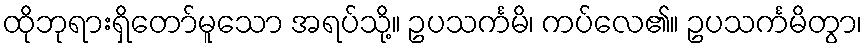
ထိုဘုရားရှိတော်မူသော အရပ်သို့။ ဥပသင်္ကမိ၊ ကပ်လေ၏။ ဥပသင်္ကမိတွာ၊